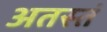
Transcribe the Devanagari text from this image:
अतस्तं